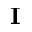
\mathbf { I }